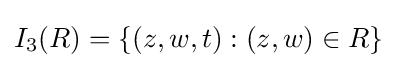
I_{3}(R)=\{(z,w,t):(z,w)\in R\}